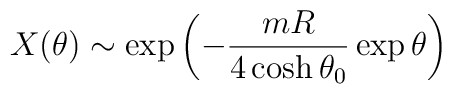
X(\theta)\sim\exp\left(  -\frac{mR}{4\cosh\theta_{0}}\exp\theta\right)